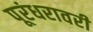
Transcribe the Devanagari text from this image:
पूरंधरावरी